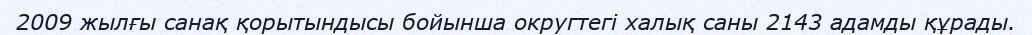
2009 жылғы санақ қорытындысы бойынша округтегі халық саны 2143 адамды құрады.